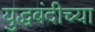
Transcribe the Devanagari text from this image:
युद्धबंदीच्या